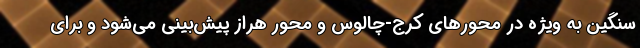
سنگین به ویژه در محورهای کرج-چالوس و محور هراز پیش‌بینی می‌شود و برای